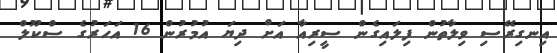
އިނގިރޭސި ވިލާތުން ފިލައިގެން ސީރިއާ އަށް ދިޔަ އުމުރުން 16 އަހަރުގެ ސްކޫލް